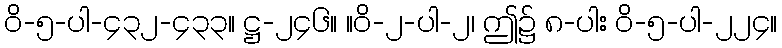
ဝိ-၅-ပါ-၄၃၂-၄၃၃။ ဋ္ဌ-၂၄၆။ ။ဝိ-၂-ပါ-၂၊ ဤ၌ ၈-ပါး ဝိ-၅-ပါ-၂၂၄။